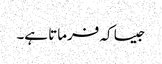
جیسا کہ فرماتا ہے۔